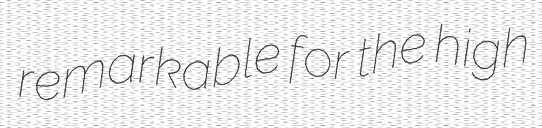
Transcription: remarkable for the high